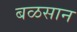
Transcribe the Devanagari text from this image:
बळसान